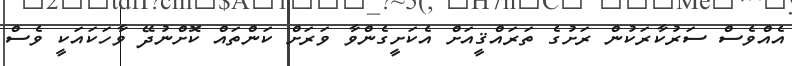
އެއްވެސް ސަރުކާރަކުން ރަށުގެ ތަރައްޤީއަށް އެކަށީގެންވާ ވަރަށް ކަންތައް ކޮށްނުދޭ ވާހަކައަކީ ވެސް